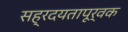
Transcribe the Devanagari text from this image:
सह्रदयतापूर्वक